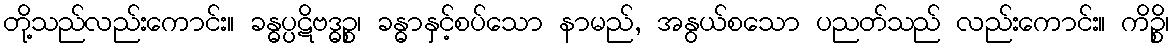
တို့သည်လည်းကောင်း။ ခန္ဓပ္ပဋိဗဒ္ဓဉ္စ၊ ခန္ဓာနှင့်စပ်သော နာမည်, အနွယ်စသော ပညတ်သည် လည်းကောင်း။ ကိဉ္စိ၊